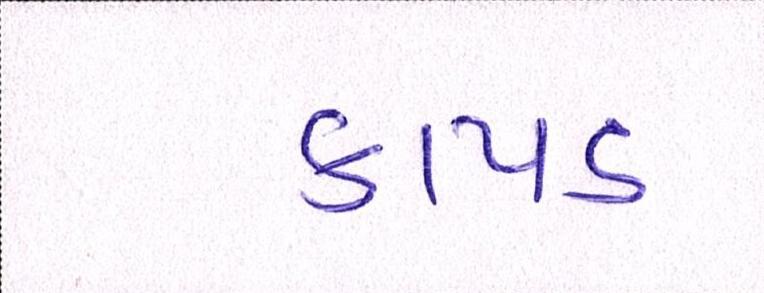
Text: કાપડ